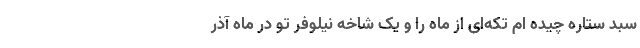
سبد ستاره چیده ام تکه‌ای از ماه را و یک شاخه نیلوفر تو در ماه آذر